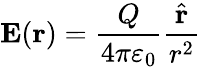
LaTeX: \mathbf{E}(\mathbf{r})={\frac{Q}{4\pi\varepsilon_{0}}}{\frac{\hat{\mathbf{r}}}{r^{2}}}